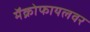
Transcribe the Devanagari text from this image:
मॅक्रोफायलवर